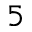
^ 5